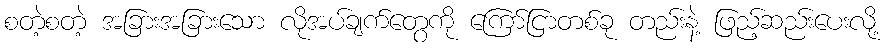
စတဲ့စတဲ့ အခြားအခြားသော လိုအပ်ချက်တွေကို ကြော်ငြာတစ်ခု တည်းနဲ့ ဖြည့်ဆည်းပေးလို့